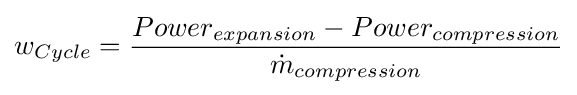
w_{Cycle}={\frac {Power_{expansion}-Power_{compression}}{{\dot {m}}_{compression}}}